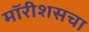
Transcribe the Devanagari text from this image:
मॉरीशसचा